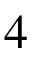
4